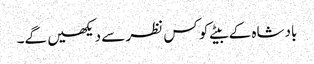
بادشاہ کے بیٹے کو کس نظر سے دیکھیں گے۔